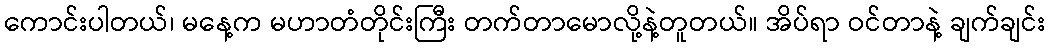
ကောင်းပါတယ်၊ မနေ့က မဟာတံတိုင်းကြီး တက်တာမောလို့နဲ့တူတယ်။ အိပ်ရာ ဝင်တာနဲ့ ချက်ချင်း